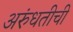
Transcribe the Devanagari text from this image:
अरुंधतीची